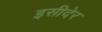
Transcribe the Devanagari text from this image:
इसीदेर